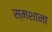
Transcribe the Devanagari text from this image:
स्मशाना